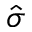
\hat { \sigma }